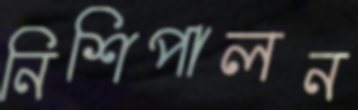
নিশিপালন